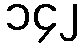
၁၄၂